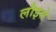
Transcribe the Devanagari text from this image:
लौइसे